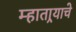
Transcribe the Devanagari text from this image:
म्हातार्‍याचे